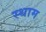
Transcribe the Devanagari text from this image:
स्थाम